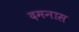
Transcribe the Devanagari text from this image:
दमनास